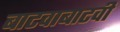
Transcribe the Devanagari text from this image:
बाटवाबाटवी